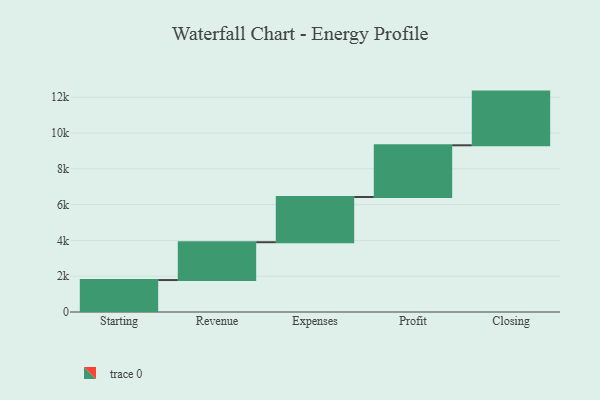
{"axis": {"x": "Step", "y": "Value"}, "legend": [""], "data": [{"x": "Starting", "y": 1785.0, "type": ""}, {"x": "Revenue", "y": 2114.0, "type": ""}, {"x": "Expenses", "y": 2526.0, "type": ""}, {"x": "Profit", "y": 2889.0, "type": ""}, {"x": "Closing", "y": 3000, "type": ""}]}